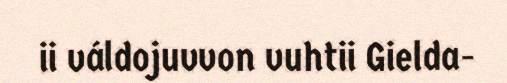
ii váldojuvvon vuhtii Gielda-